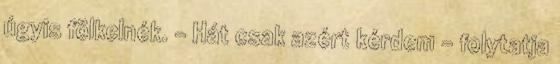
úgyis fölkelnék. – Hát csak azért kérdem – folytatja